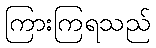
ကြားကြရသည်